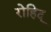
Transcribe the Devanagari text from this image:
रोहिद्